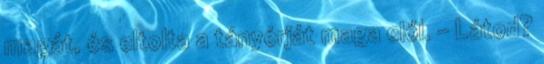
magát, és eltolta a tányérját maga elől. – Látod?